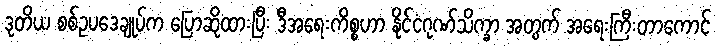
ဒုတိယ စစ်ဥပဒေချုပ်က ပြောဆိုထားပြီး ဒီအရေးကိစ္စဟာ နိုင်ငံဂုဏ်သိက္ခာ အတွက် အရေးကြီးတာကောင်